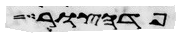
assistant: פדהצור